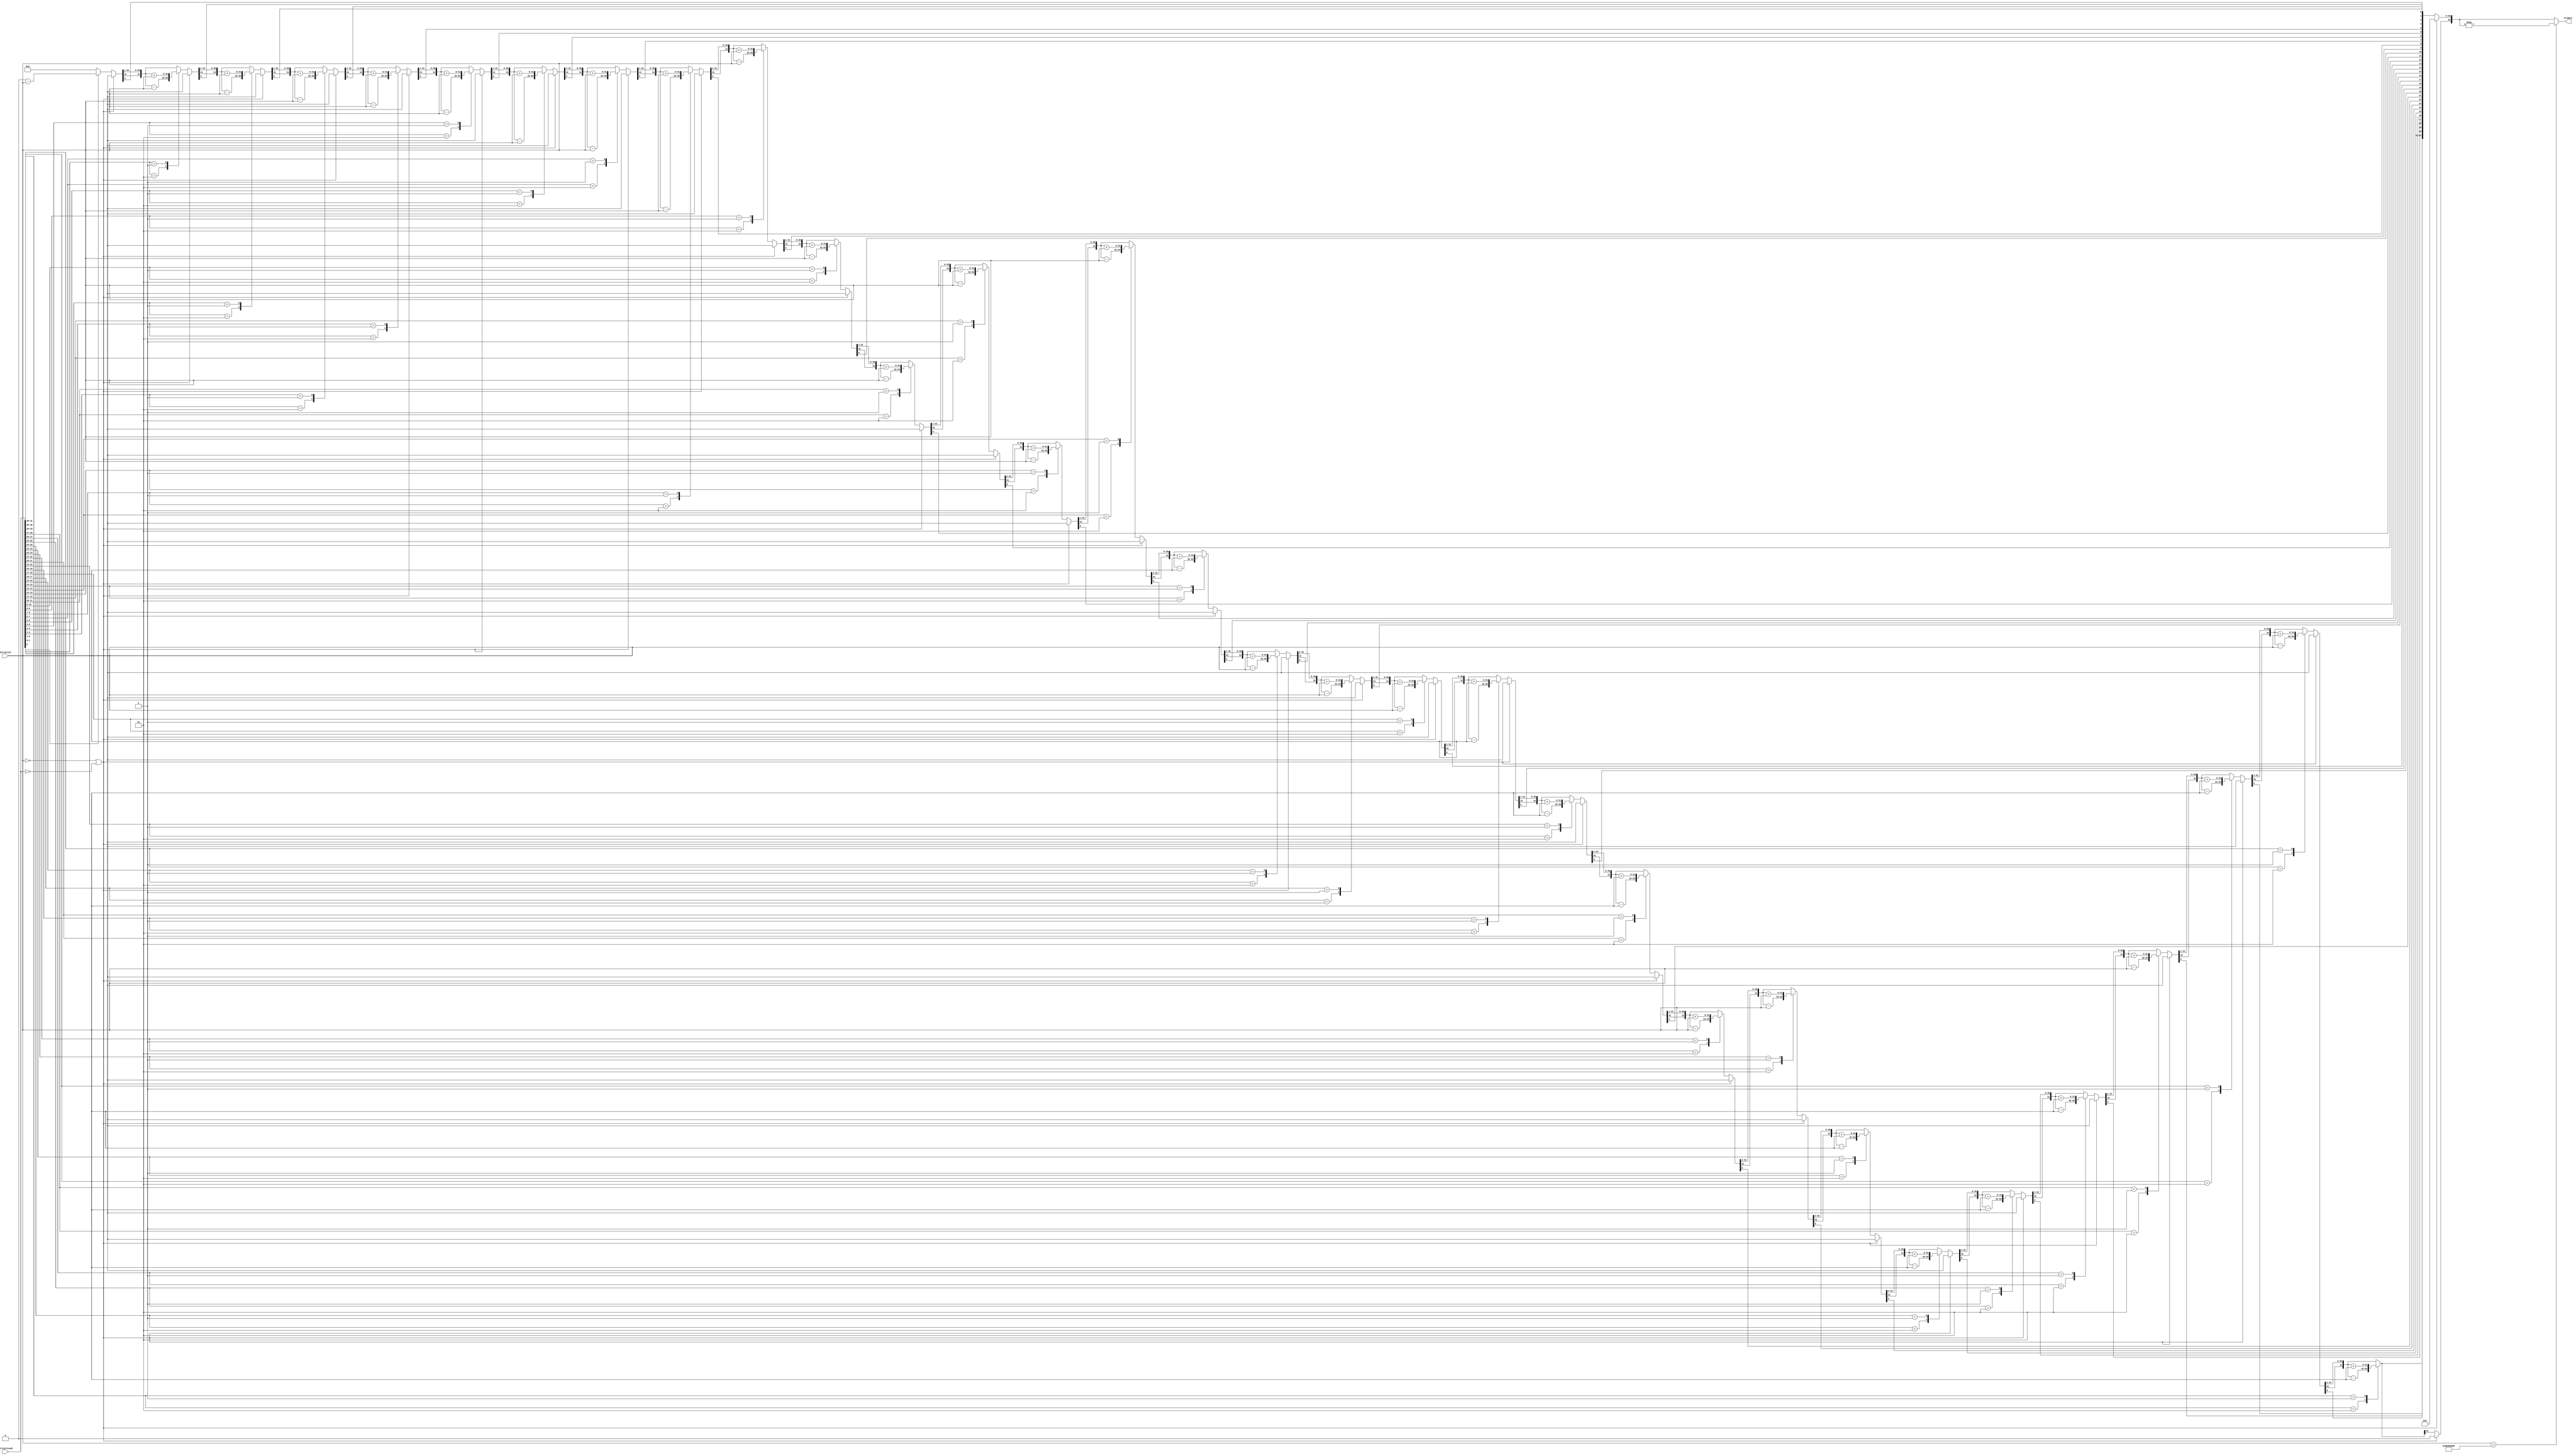
module BoothAlgorithmMultiplier #(parameter N = 32) (Multiplicand, Multiplier, Product);
    input signed [N-1:0] Multiplicand, Multiplier;
    output signed [2*N-1:0] Product;

    reg signed [2*N-1:0] Product;
    reg [1:0] booth;
    integer i;
    reg Q0;

    always @ (Multiplicand, Multiplier)
    begin
        Product = 0;
        Q0 = 0;
        if(Multiplier == 0 || Multiplicand == 0)
        begin
        Product = 0;
        end else begin
        for (i = 0; i < N; i = i + 1)
        begin
            //booth = Q1 Q0
            booth = {Multiplicand[i], Q0};
            //If booth = 10 then A = A - M where Product MSB 32 bits = A
            //If booth = 01 then A = A + M where Product MSB 32 bits = A
            case (booth)
                2'b10 : Product [2*N-1 : N] = Product [2*N-1 : N] - Multiplier;
                2'b01 : Product [2*N-1 : N] = Product [2*N-1 : N] + Multiplier;
            default : begin end
            endcase
            //Shift arithmetic right (Keeping sign bit)
            Product = Product >> 1;
            Product[2*N-1] = Product[2*N-2];
            //Updating Q0
            Q0 = Multiplicand[i];
        end
        end
	    //Corner Case for multiplier
        //If the multiplier equals MAX negative number then we need to get the complement
        if (Multiplier == 32'b10000000000000000000000000000000)
            begin
                Product = - Product;
            end
    end
endmodule